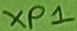
Text: XP1